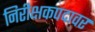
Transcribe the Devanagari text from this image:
निरीक्षकपदावर